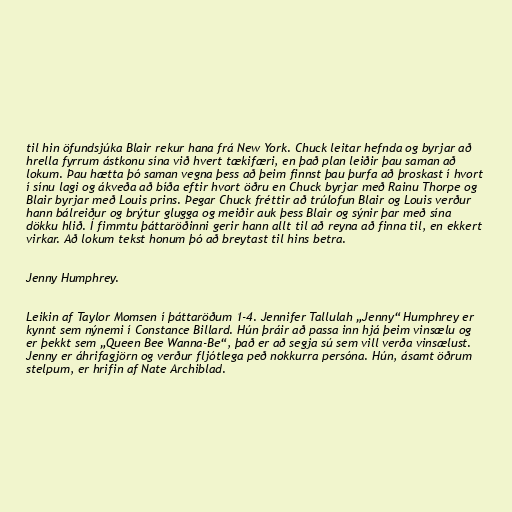
til hin öfundsjúka Blair rekur hana frá New York. Chuck leitar hefnda og byrjar að
hrella fyrrum ástkonu sína við hvert tækifæri, en það plan leiðir þau saman að
lokum. Þau hætta þó saman vegna þess að þeim finnst þau þurfa að þroskast í hvort
í sínu lagi og ákveða að bíða eftir hvort öðru en Chuck byrjar með Rainu Thorpe og
Blair byrjar með Louis prins. Þegar Chuck fréttir að trúlofun Blair og Louis verður
hann bálreiður og brýtur glugga og meiðir auk þess Blair og sýnir þar með sína
dökku hlið. Í fimmtu þáttaröðinni gerir hann allt til að reyna að finna til, en ekkert
virkar. Að lokum tekst honum þó að breytast til hins betra.

Jenny Humphrey.

Leikin af Taylor Momsen í þáttaröðum 1-4. Jennifer Tallulah „Jenny“ Humphrey er
kynnt sem nýnemi í Constance Billard. Hún þráir að passa inn hjá þeim vinsælu og
er þekkt sem „Queen Bee Wanna-Be“, það er að segja sú sem vill verða vinsælust.
Jenny er áhrifagjörn og verður fljótlega peð nokkurra persóna. Hún, ásamt öðrum
stelpum, er hrifin af Nate Archiblad.